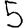
Digit: 5